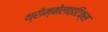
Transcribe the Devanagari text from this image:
थ्रोम्बोलाइटिक्स